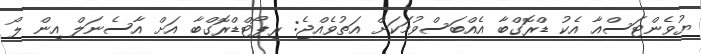
ޔުވެންޓަސްއާ އެކު ޑްރޮގްބާ އެއްބަސްވުމަކަށް އަތުވެއްޖެ: ރިޕޯޓްޑްރޮގްބާ އަށް އާސެނަލް އިން ލޯ